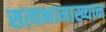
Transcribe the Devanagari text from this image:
सत्यभामाख्यान